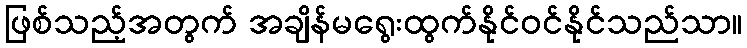
ဖြစ်သည့်အတွက် အချိန်မရွေးထွက်နိုင်ဝင်နိုင်သည်သာ။